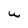
Character: U